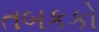
તબકકો